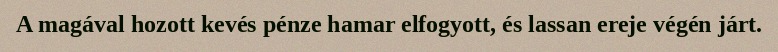
A magával hozott kevés pénze hamar elfogyott, és lassan ereje végén járt.